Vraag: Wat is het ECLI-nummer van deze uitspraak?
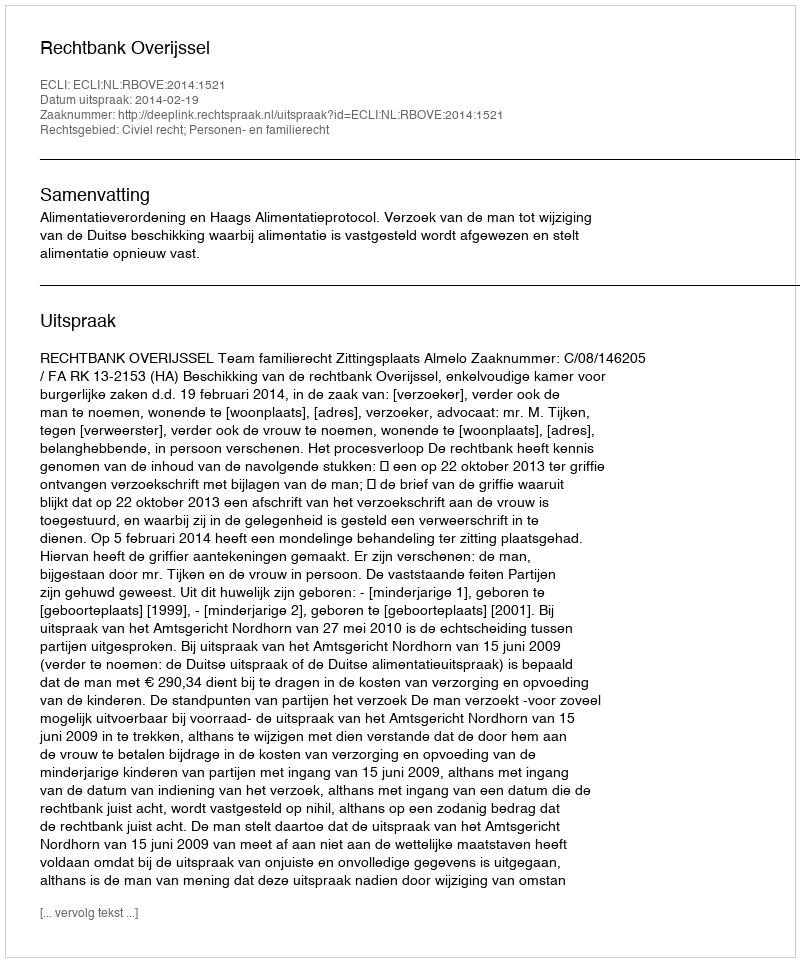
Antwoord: ECLI:NL:RBOVE:2014:1521